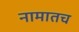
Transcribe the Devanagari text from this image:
नामातच